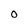
Character: O